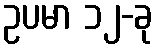
ဥပမာ ၁၂-ခု